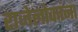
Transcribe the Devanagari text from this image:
राजेलोकांना